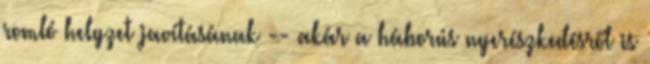
romló helyzet javításának -- akár a háborús nyerészkedésről is